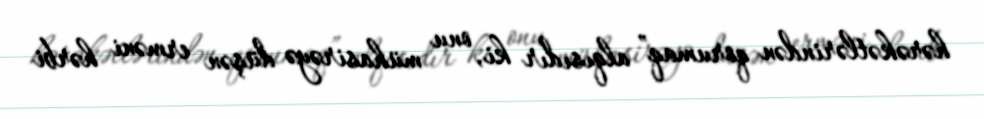
hərəkətlərindən qorumaq” alqısıdır ki, onu mühasirəyə düşən erməni hərbi